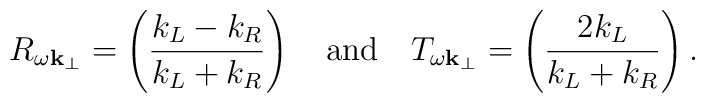
R_{\omega{\bf k}_{\perp}}=\left(\frac{k_L-k_R}{k_L+k_R}\right)\quad{\rm and}\quad T_{\omega{\bf k}_{\perp}}=\left(\frac{2k_L}{k_L+k_R}\right).